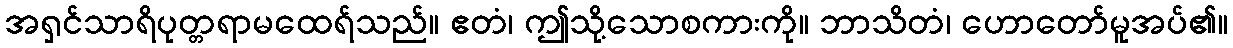
အရှင်သာရိပုတ္တရာမထေရ်သည်။ ဧတံ၊ ဤသို့သောစကားကို။ ဘာသိတံ၊ ဟောတော်မူအပ်၏။